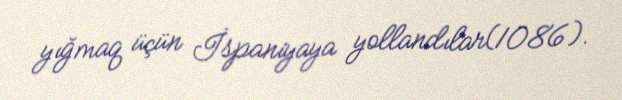
yığmaq üçün İspaniyaya yollandılar(1086).